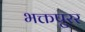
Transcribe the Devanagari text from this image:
भक्तपुरर